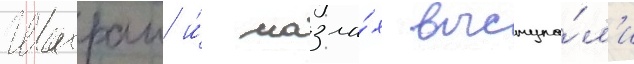
Шахраи и́ мазла́х выступа́л'и